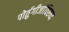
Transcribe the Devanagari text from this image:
पोर्तुगीजांविरुध्द